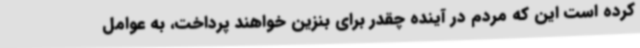
کرده است این که مردم در آینده چقدر برای بنزین خواهند پرداخت، به عوامل